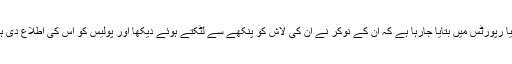
میڈیا رپورٹس میں بتایا جارہا ہے کہ ان کے نوکر نے ان کی لاش کو پنکھے سے لٹکتے ہوئے دیکھا اور پولیس کو اس کی اطلاع دی ہے۔